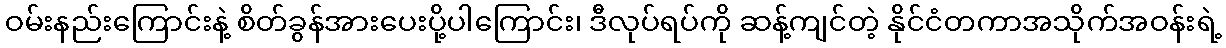
ဝမ်းနည်းကြောင်းနဲ့ စိတ်ခွန်အားပေးပို့ပါကြောင်း၊ ဒီလုပ်ရပ်ကို ဆန့်ကျင်တဲ့ နိုင်ငံတကာအသိုက်အဝန်းရဲ့